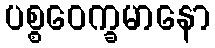
ပစ္စဝေက္ခမာနော